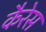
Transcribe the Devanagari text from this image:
कैरेस